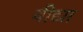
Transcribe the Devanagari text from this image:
वीद्या